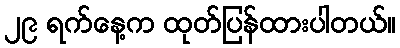
၂၉ ရက်နေ့က ထုတ်ပြန်ထားပါတယ်။